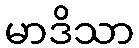
မာဒိသာ